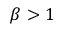
\beta > 1